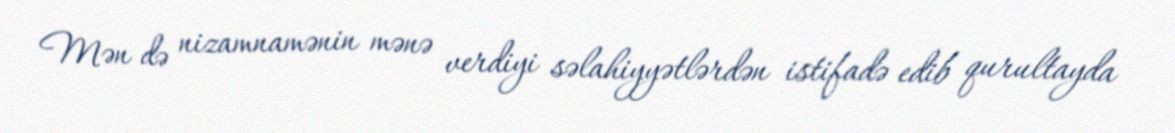
Mən də nizamnamənin mənə verdiyi səlahiyyətlərdən istifadə edib qurultayda